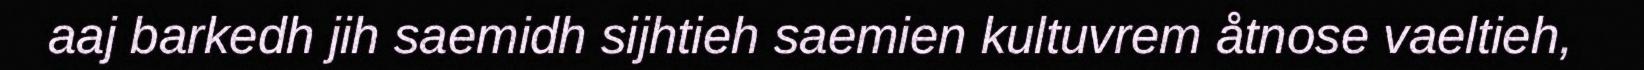
aaj barkedh jih saemidh sijhtieh saemien kultuvrem åtnose vaeltieh,